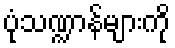
ပုံသဏ္ဍာန်များကို